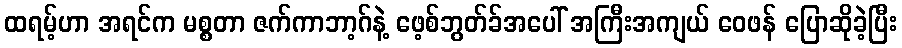
ထရမ့်ဟာ အရင်က မစ္စတာ ဇက်ကာဘာ့ဂ်နဲ့ ဖေ့စ်ဘွတ်ခ်အပေါ် အကြီးအကျယ် ဝေဖန် ပြောဆိုခဲ့ပြီး